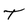
Character: T